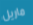
ماريل